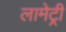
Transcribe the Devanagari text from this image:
लामेट्री